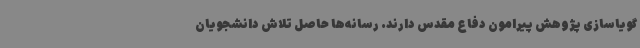
گویاسازی پژوهش پیرامون دفاع مقدس دارند. رسانه‌ها حاصل تلاش دانشجویان